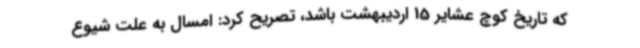
که تاریخ کوچ عشایر 15 اردیبهشت باشد، تصریح کرد: امسال به علت شیوع